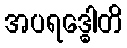
အပရဒ္ဓေါတိ